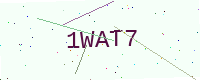
Text: 1WAT7